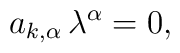
a_{k, \alpha}\, \lambda^{\alpha}=0,